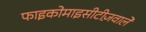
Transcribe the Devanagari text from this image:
फाइकोमाइसीटीज़वाले